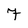
Character: 7